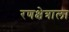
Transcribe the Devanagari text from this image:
रणक्षेत्राला